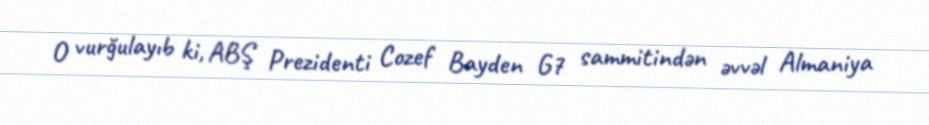
O vurğulayıb ki, ABŞ Prezidenti Cozef Bayden G7 sammitindən əvvəl Almaniya